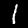
Digit: 1